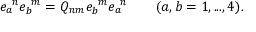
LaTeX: e _ { a } ^ { \ n } e _ { b } ^ { \ m } = Q _ { n m } e _ { b } ^ { \ m } e _ { a } ^ { \ n } \qquad ( a , b = 1 , . . . , 4 ) .